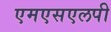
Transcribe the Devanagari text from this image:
एमएसएलपी